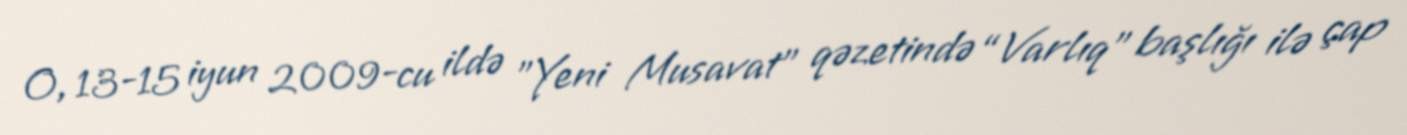
O, 13-15 iyun 2009-cu ildə "Yeni Musavat" qəzetində “Varlıq” başlığı ilə çap